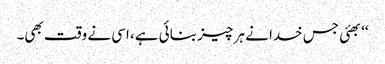
‘‘بھئی جس خدا نے ہر چیز بنائی ہے، اسی نے وقت بھی۔